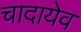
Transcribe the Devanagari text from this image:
चादायेव